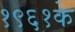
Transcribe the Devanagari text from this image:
१९६१के